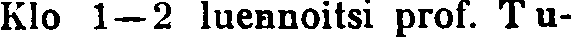
Klo 1—2 luennoitsi prof. Tu-